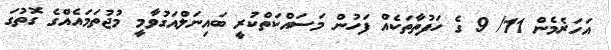
އަހަރެމެން 11/ 9 ގެ ހަފުތާތަކެއް ފަހުން މަސައްކަތްކުރީ ބައިނަލްއަގުވާމީ މުޖުތަމައެއްގެ ގޮތުގަ